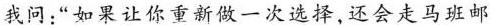
我问:“如果让你重新做一次选择,还会走马班邮